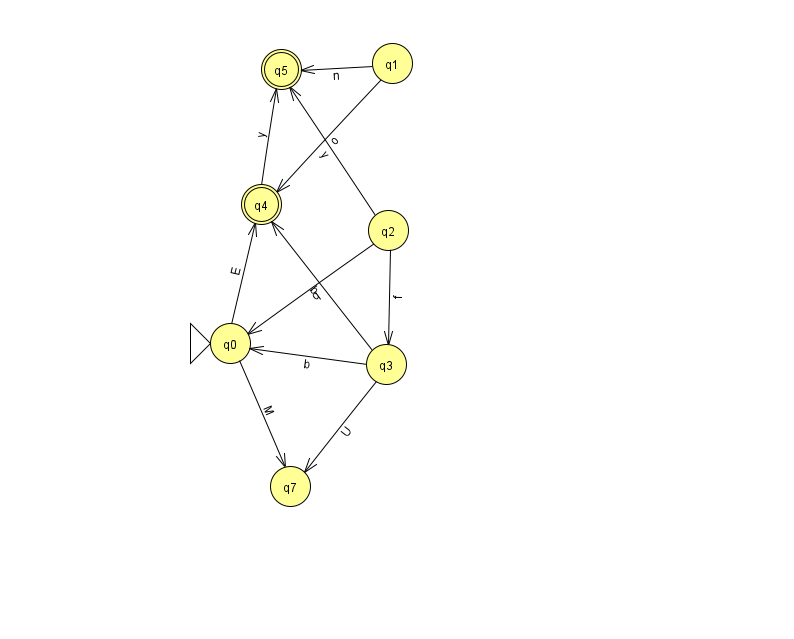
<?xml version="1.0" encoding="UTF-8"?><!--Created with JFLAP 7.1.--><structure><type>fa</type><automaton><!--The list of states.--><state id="0" name="q0"><x>230.0</x><y>330.0</y><initial/></state><state id="1" name="q1"><x>392.0</x><y>50.0</y></state><state id="2" name="q2"><x>388.0</x><y>217.0</y></state><state id="3" name="q3"><x>386.0</x><y>351.0</y></state><state id="4" name="q4"><x>261.0</x><y>191.0</y><final/></state><state id="5" name="q5"><x>281.0</x><y>56.0</y><final/></state><state id="7" name="q7"><x>290.0</x><y>473.0</y></state><!--The list of transitions.--><transition><from>3</from><to>7</to><read>U</read></transition><transition><from>2</from><to>3</to><read>f</read></transition><transition><from>0</from><to>7</to><read>M</read></transition><transition><from>3</from><to>4</to><read>b</read></transition><transition><from>1</from><to>5</to><read>n</read></transition><transition><from>2</from><to>5</to><read>y</read></transition><transition><from>2</from><to>0</to><read>q</read></transition><transition><from>1</from><to>4</to><read>o</read></transition><transition><from>4</from><to>5</to><read>y</read></transition><transition><from>0</from><to>4</to><read>E</read></transition><transition><from>3</from><to>0</to><read>b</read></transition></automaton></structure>